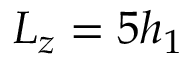
L _ { z } = 5 h _ { 1 }